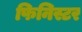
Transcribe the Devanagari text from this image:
फिनिस्टर